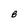
Character: B